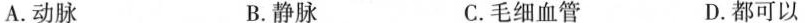
A.动脉 B.静脉 C.毛细血管 D.都可以